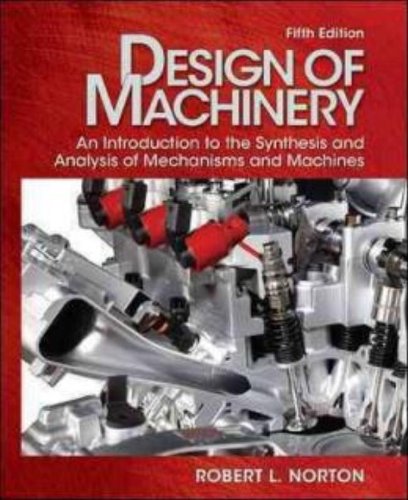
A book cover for Design of Machinery with Student Resource DVD (McGraw-Hill Series in Mechanical Engineering); Robert Norton; Engineering & Transportation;